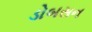
ડોબસન